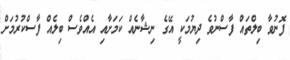
ފޮނުވާ ބިލްތައް ފާސްނުވެ ދިޔުމަކީ އޭގެ ނިޝާނެއް ކަމަށާއި އެއްވެސް ބިލެއް ފާސްކުރުމަށް